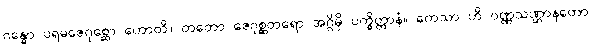
ဂန္ဓော ပရမဇေဂုစ္ဆော ဟောတိ။ တတော ဇေဂုစ္ဆတရော အဂ္ဂိမှိ ပက္ခိတ္တာနံ။ ကေသာ ဟိ ဝဏ္ဏသဏ္ဌာနတော